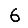
Digit: 6